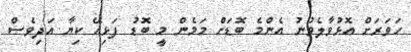
ހަވަރަށް އޮޅުވާލެވުނު އެންމެ ބޮޑަށް މަމެން މީ ބޮޑު ފަޅިއޭ ކިޔާ އަދިވެސް